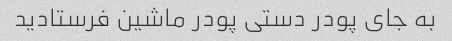
به جای پودر دستی پودر ماشین فرستادید